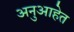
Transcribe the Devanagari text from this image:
अनुआहेत